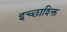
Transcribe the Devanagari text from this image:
इच्छाश्क्ति